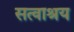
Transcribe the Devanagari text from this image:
सत्वाश्रय